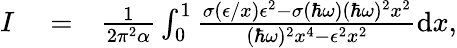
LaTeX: \begin{array}{rlr}{I}&{{}=}&{\frac{1}{2\pi^{2}\alpha}\int_{0}^{1}\frac{\sigma(\epsilon/x)\epsilon^{2}-\sigma(\hbar\omega)(\hbar\omega)^{2}x^{2}}{(\hbar\omega)^{2}x^{4}-\epsilon^{2}x^{2}}\textrm{d}x,}\end{array}